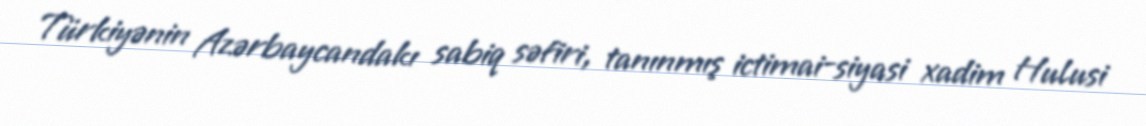
Türkiyənin Azərbaycandakı sabiq səfiri, tanınmış ictimai-siyasi xadim Hulusi